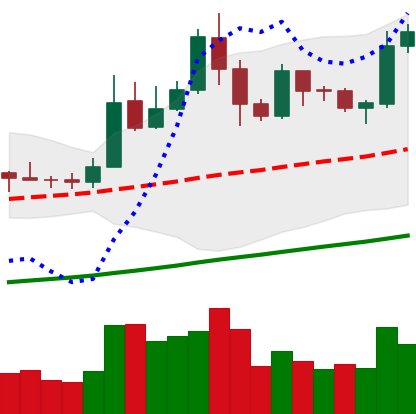
Ticker: LTC-USD
Chart end date: 2019-05-25
Forward return: 5.964%
Label: up_5_7